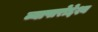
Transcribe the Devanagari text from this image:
व्यापारोद्देश्य